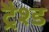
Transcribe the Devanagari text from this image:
ट्रैश्ड